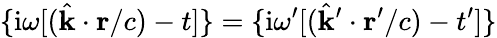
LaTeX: \{ {\mathrm{i}\omega[(\hat{\mathbf{k}}\cdot\mathbf{r}/c)-t}]\} =\{ {\mathrm{i}\omega^{\prime}[(\hat{\mathbf{k}}^{\prime}\cdot\mathbf{r}^{\prime}/c)-t^{\prime}}]\}